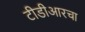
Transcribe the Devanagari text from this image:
टीडीआरचा